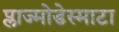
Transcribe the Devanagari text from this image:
प्लाज्मोडेस्माटा